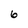
Character: 6